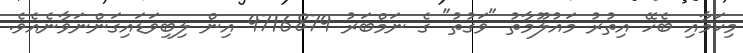
މިކަމާއި ބެހޭ އިތުރު މައުލޫމާތު "ވަގުތު" ގެ ނަމްބަރު 9716879 އިން ލިބިވަޑައިގަންނަވާނެއެވެ.